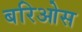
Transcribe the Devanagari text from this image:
बरिओस